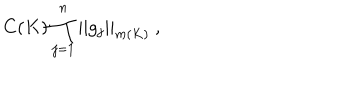
C ( K ) \prod _ { j = 1 } ^ { n } | | g _ { j } | | _ { m ( K ) } \ ,